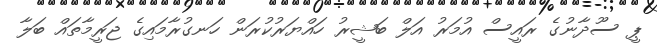
ޕީ ސޫދާނުގެ ރައީސް އުމަރު އަލް ބަޝީރު ހައްޔަރުކުރަން ހަނގުރާމައިގެ ޖަރީމާތައް ބަލާ